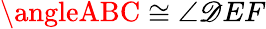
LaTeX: \angleABC\cong\angle\mathscr{D}EF